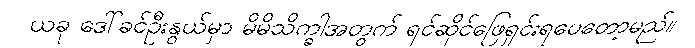
ယခု ဒေါ်ခင်ဦးနွယ်မှာ မိမိသိက္ခါအတွက် ရင်ဆိုင်ဖြေရှင်းရပေတော့မည်။